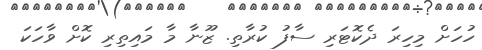
ހުހަށް މިހިރަ ދެކޮޓަރި ސާފު ކުރާތި. ޒޫނާ މާ މައިތިރި ކޮށް ވާހަކަ